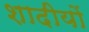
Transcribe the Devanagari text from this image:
शादीयों